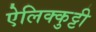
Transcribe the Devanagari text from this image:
ऐलिक्कुट्टी